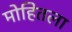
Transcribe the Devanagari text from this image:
मोहितला